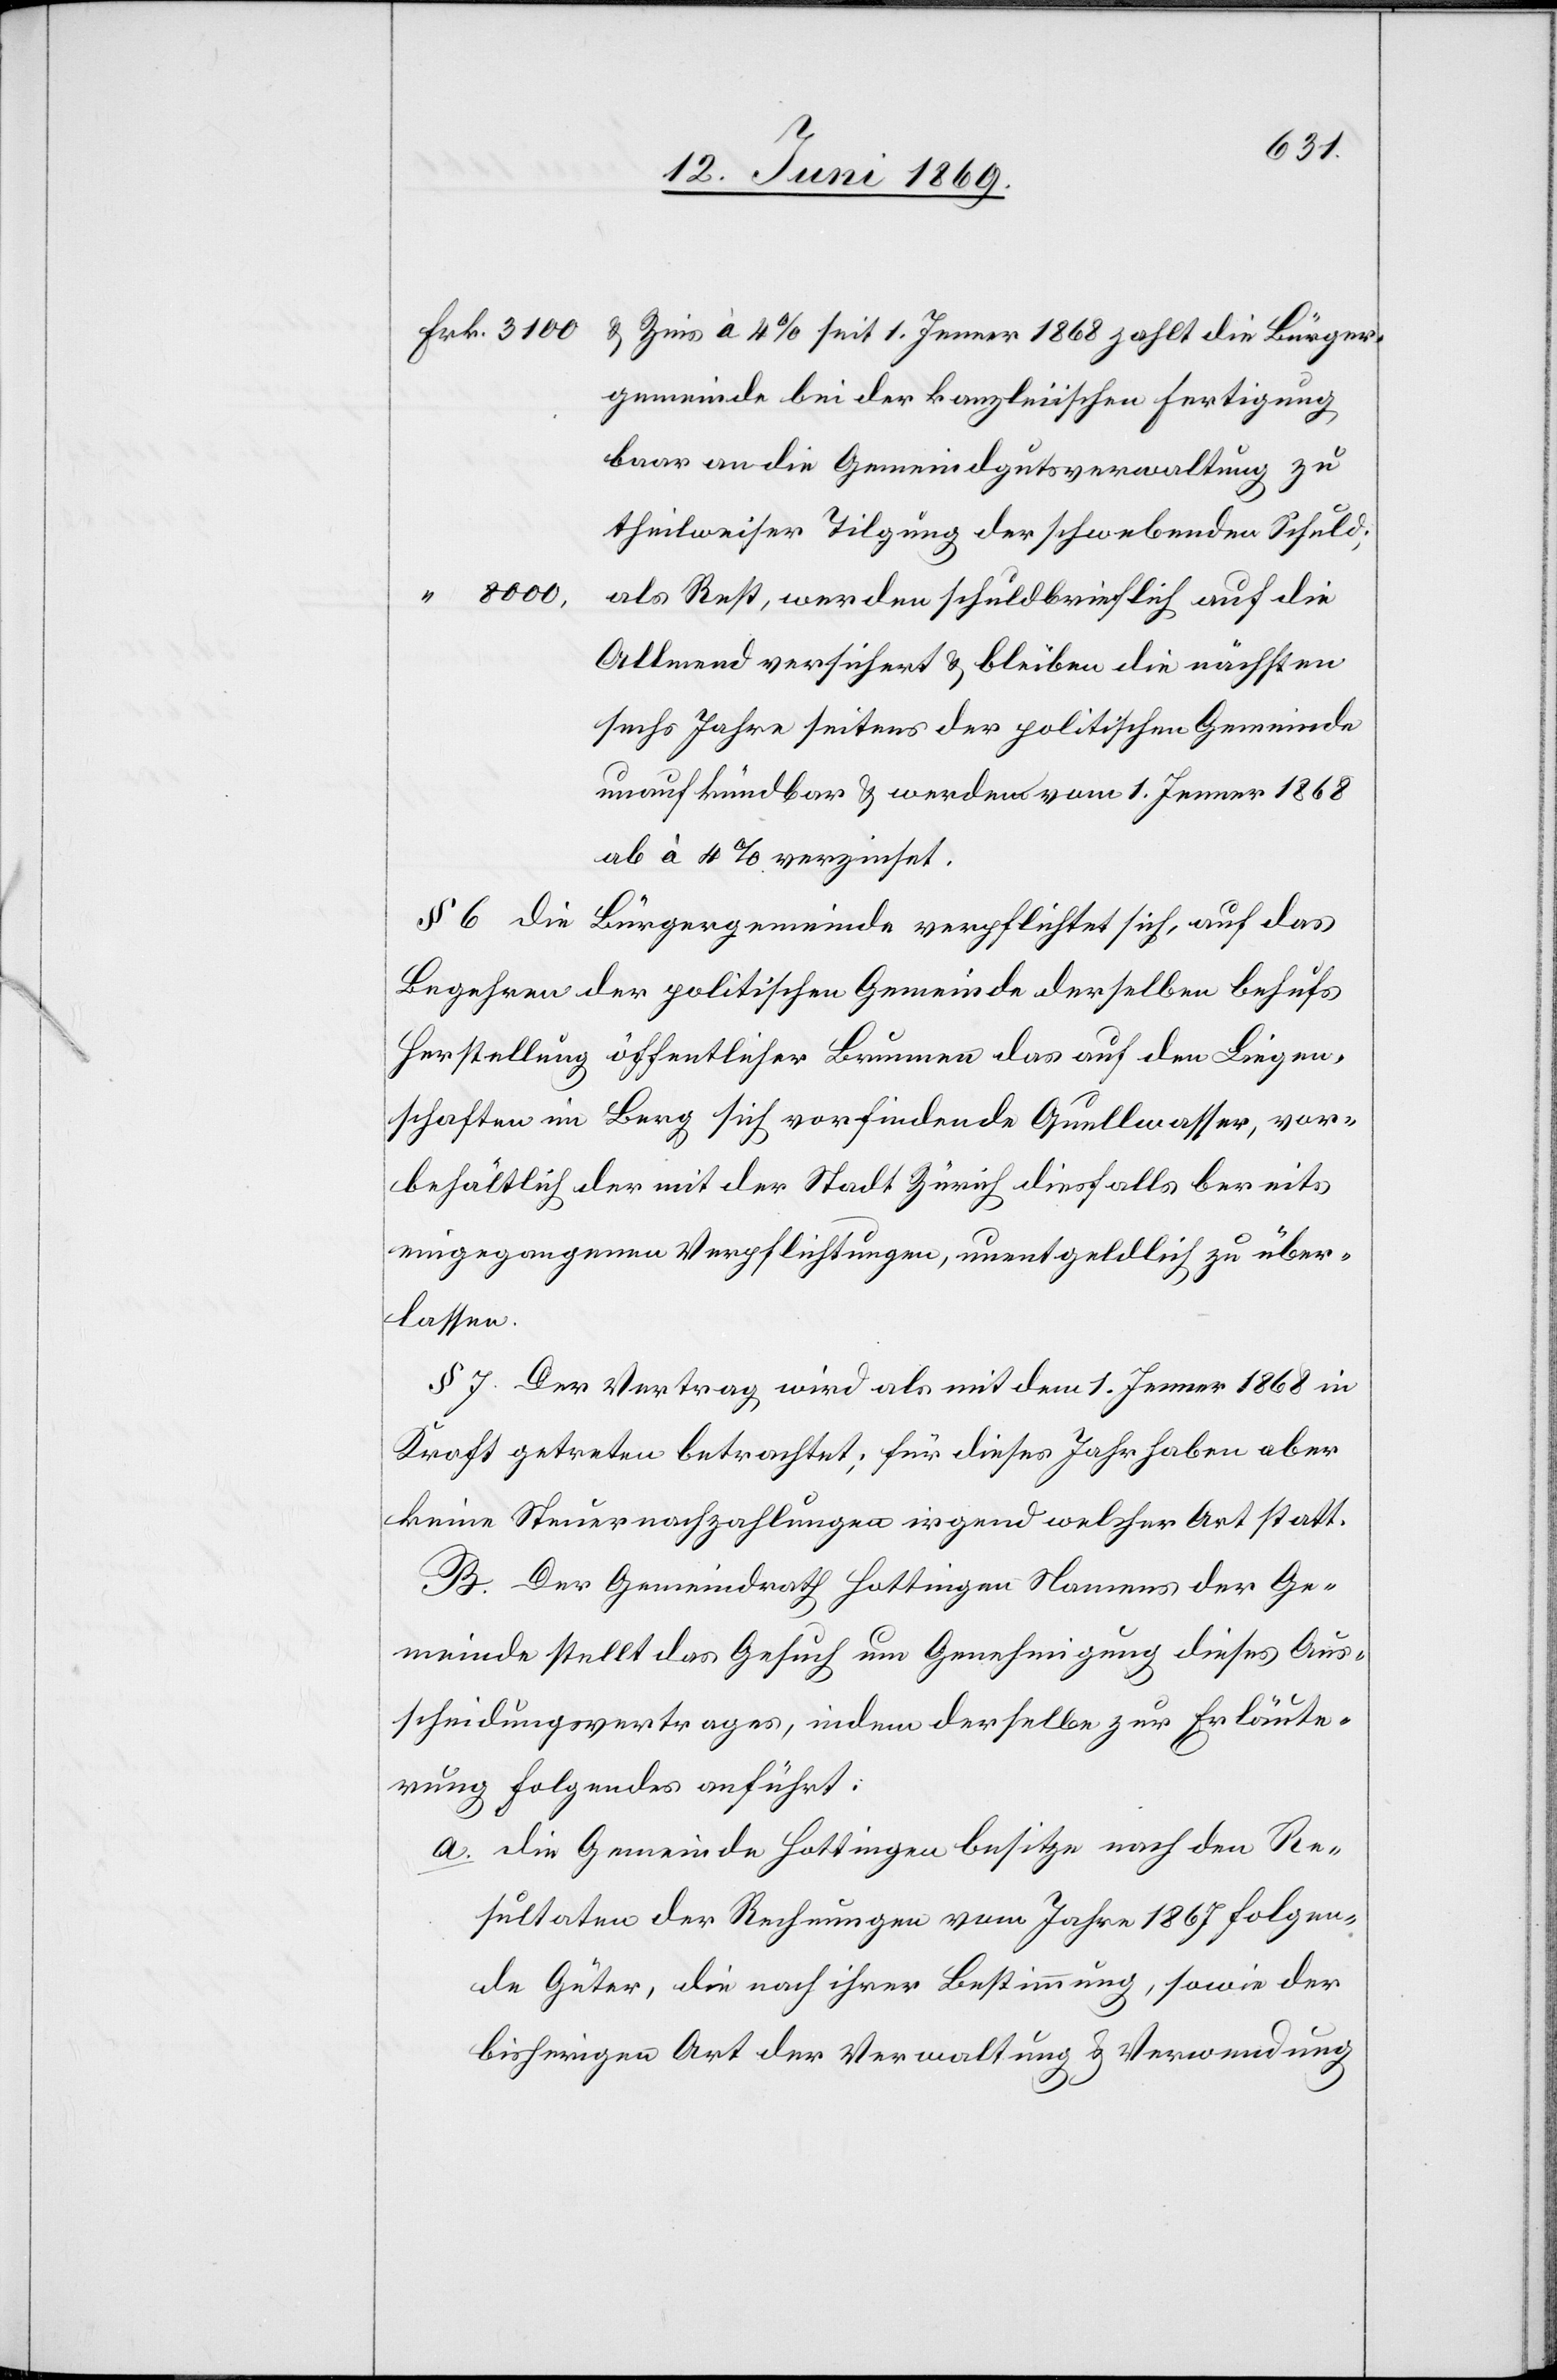
Frk. 3100
u. Zins à 4% seit 1. Jenner 1868 zahlt die Bürger¬
gemeinde bei der kanzleiischen Fertigung
baar an die Gemeindgutsverwaltung zu
theilweiser Tilgung der schwebenden Schuld;
8000
als Rest, werden schuldbrieflich auf die
Allmend versichert u. bleiben die nächsten
sechs Jahre seitens der politischen Gemeinde
unaufkündbar u. werden vom 1. Jenner 1868
ab à 4% verzinset.
§ 6 Die Bürgergemeinde verpflichtet sich, auf das
Begehren der politischen Gemeinde derselben behufs
Herstellung öffentlicher Brunnen das auf den Liegen¬
schaften im Berg sich vorfindende Quellwasser, vor¬
behältlich der mit der Stadt Zürich diesfalls bereits
eingegangenen Verpflichtungen, unentgeldlich zu über¬
lassen.
§ 7. Der Vertrag wird als mit dem 1. Jenner 1868 in
Kraft getreten betrachtet; für dieses Jahr haben aber
keine Steuernachzahlungen irgend welcher Art statt.
B. Der Gemeindrath Hottingen Namens der Ge¬
meinde stellt das Gesuch um Genehmigung dieses Aus¬
scheidungsvertrages, indem derselbe zur Erläute¬
rung Folgendes anführt:
a. die Gemeinde Hottingen besitze nach den Re¬
sultaten der Rechnungen vom Jahre 1867 folgen¬
de Güter, die nach ihrer Bestimmung, sowie der
bisherigen Art der Verwaltung u. Verwendung